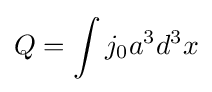
Q=\int j_{0}a^{3}d^{3}x